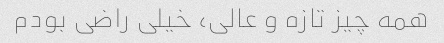
همه چیز تازه و عالی، خیلی راضی بودم